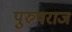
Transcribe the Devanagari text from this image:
पुरुषराज